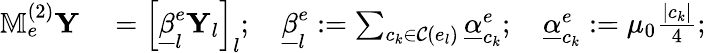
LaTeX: \begin{array}{rl}{\mathbb{M}_{e}^{(2)}\mathbf{Y}}&{{}={\Big[}\underline{{\beta}}_{l}^{e}\mathbf{Y}_{l}{\Big]}_{l};\quad\underline{{\beta}}_{l}^{e}:=\sum_{c_{k}\in\mathcal{C}(e_{l})}\underline{{\alpha}}_{c_{k}}^{e};\quad\underline{{\alpha}}_{c_{k}}^{e}:=\mu_{0}\frac{|c_{k}|}{4};}\end{array}